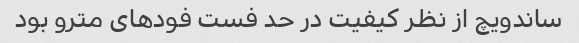
ساندویچ از نظر کیفیت در حد فست فود‌های مترو بود